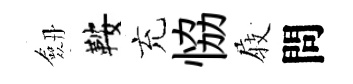
劔鞍充恊𡲆問